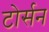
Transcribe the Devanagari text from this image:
टोर्सन